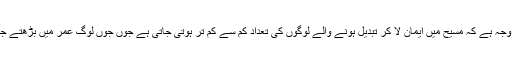
اور یہی وجہ ہے کہ مسیح میں ایمان لا کر تبدیل ہونے والے لوگوں کی تعداد کم سے کم تر ہوتی جاتی ہے جوں جوں لوگ عمر میں بڑھتے جاتے ہیں۔